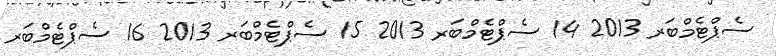
ސެޕްޓެމްބަރ 2013 14 ސެޕްޓެމްބަރ 2013 15 ސެޕްޓެމްބަރ 2013 16 ސެޕްޓެމްބަރ